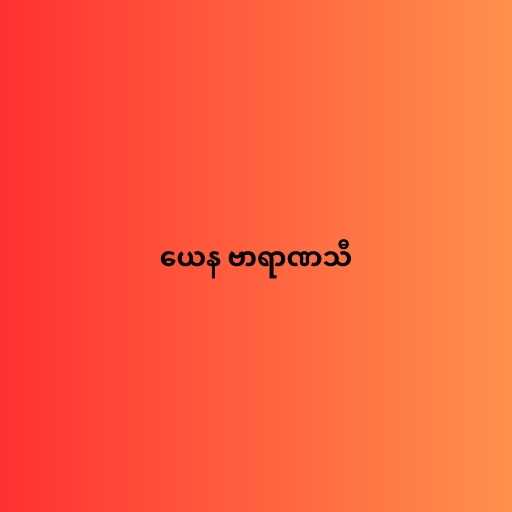
ယေန ဗာရာဏသီ